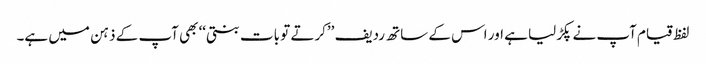
لفظ قیام آپ نے پکڑلیا ہے اور اس کے ساتھ ردیف ’’کرتے تو بات بنتی‘‘ بھی آپ کے ذہن میں ہے۔